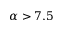
\alpha > 7 . 5